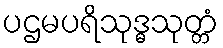
ပဌမပရိသုဒ္ဓသုတ္တံ